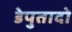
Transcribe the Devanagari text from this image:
डेपुतादो